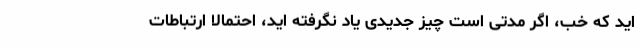
اید که خب، اگر مدتی است چیز جدیدی یاد نگرفته اید، احتمالاً ارتباطات